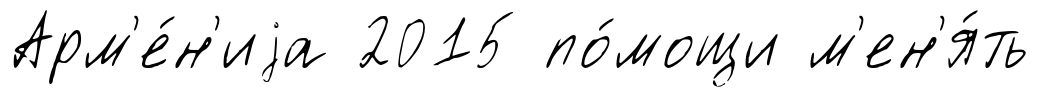
Арм'е́н'иjа 2015 по́мощи м'ен'я́ть